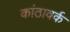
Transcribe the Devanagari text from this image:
कांठावर्क